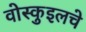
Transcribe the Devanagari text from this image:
वोस्कुइलचे